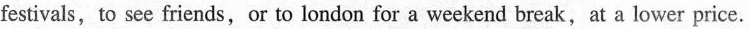
festivals,to see friends,or to london for a weekend break,at a lower price.